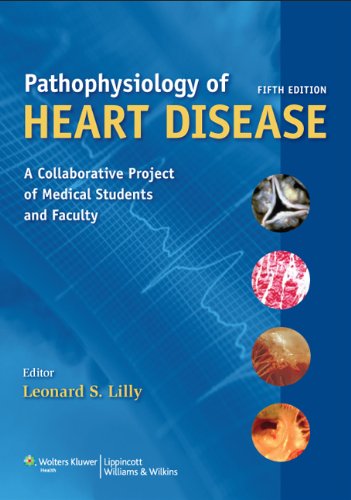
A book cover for Pathophysiology of Heart Disease: A Collaborative Project of Medical Students and Faculty (PATHOPHYSIOLOGY OF HEART DISEASE (LILLY)); Leonard S. Lilly MD; Medical Books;